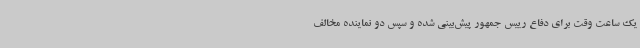
یک ساعت وقت برای دفاع رییس جمهور پیش‌بینی شده و سپس دو نماینده مخالف